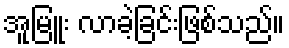
အူမြူး လာခဲ့ခြင်းဖြစ်သည်။